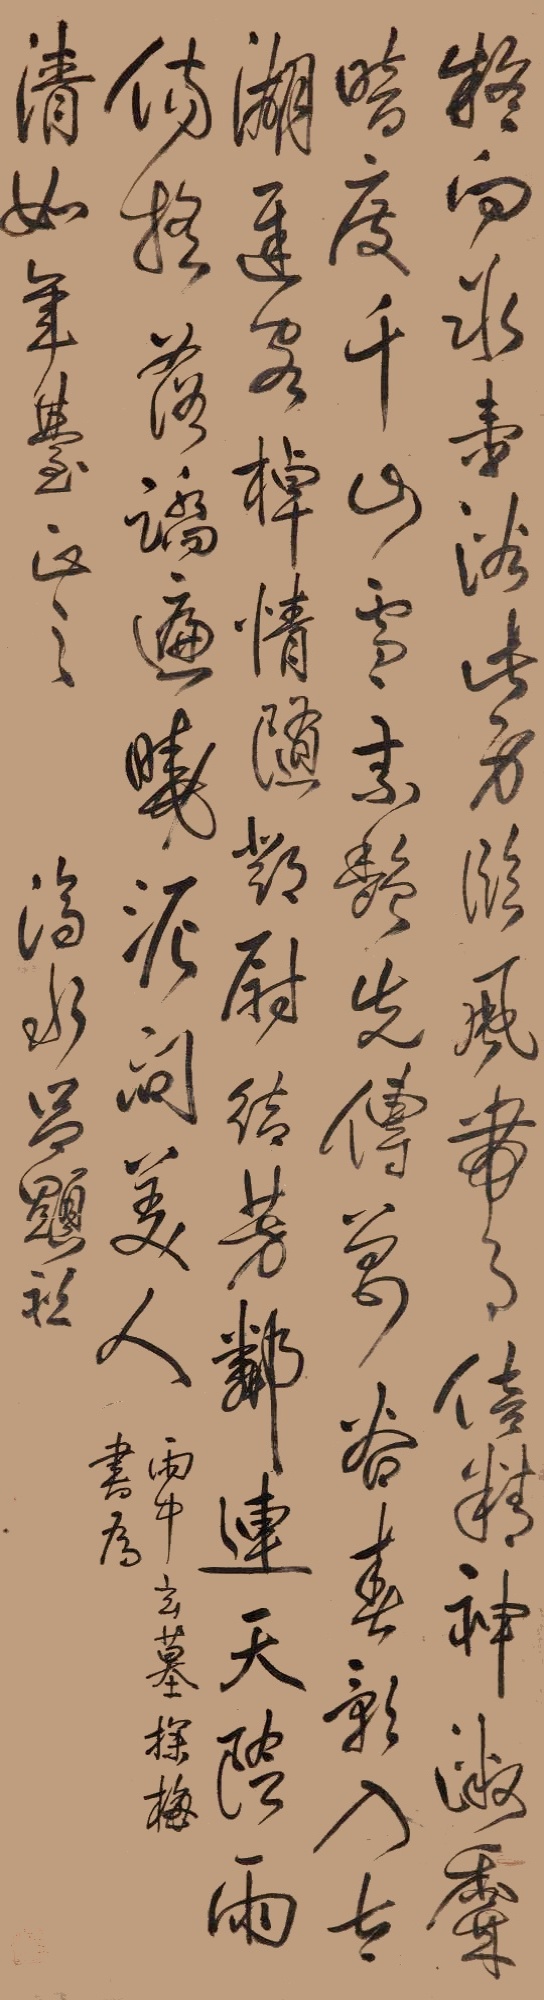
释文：疑向冰壶浴此身，临风带月倍精神。微香暗度千山雪，素艳先传万谷春。影入太湖迟客棹，情随邓尉结芳邻。连天阴雨伤摇落，𫏋遍晓泥问美人。雨中玄墓探梅书为清如年台正之。济水吕显祖。